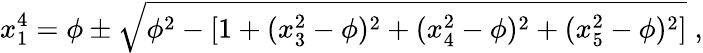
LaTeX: x_{1}^{4}=\phi\pm\sqrt{\phi^{2}-[1+(x_{3}^{2}-\phi)^{2}+(x_{4}^{2}-\phi)^{2}+(x_{5}^{2}-\phi)^{2}]}\; ,